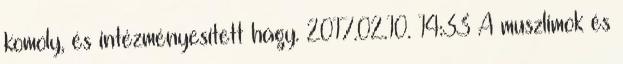
komoly, és intézményesített hagy. 2017.02.10. 14:33 A muszlimok és